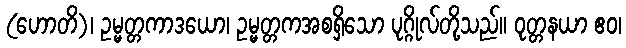
(ဟောတိ)၊ ဥမ္မတ္တကာဒယော၊ ဥမ္မတ္တကအစရှိသော ပုဂ္ဂိုလ်တို့သည်။ ဝုတ္တနယာ ဧဝ၊